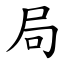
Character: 局